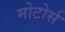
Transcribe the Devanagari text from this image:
मोटोर्स